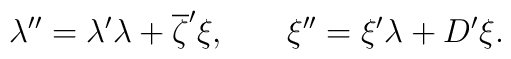
\lambda ^{\prime \prime }=\lambda ^{\prime }\lambda+\overline{\zeta } ^{\prime }\xi  ,\hspace{0.3in}\xi ^{\prime\prime }=\xi ^{\prime }\lambda +D^{\prime }\xi .